Vaccination in Burma 1889-1999 - 1889-1999
Year: 1889
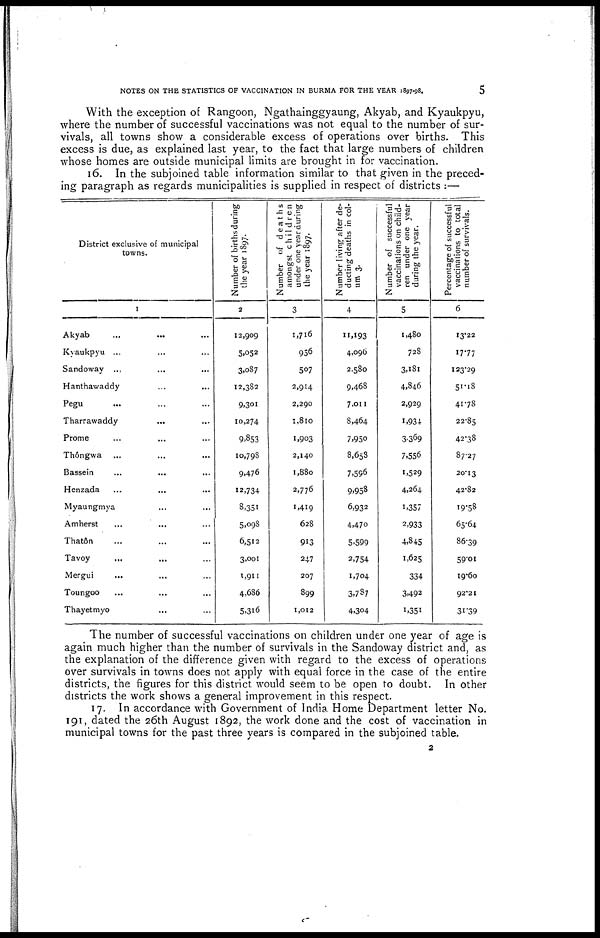
NOTES ON THE STATISTICS OF VACCINATION IN BURMA FOR THE YEAR 1897-98.
5
With the exception of Rangoon, Ngathainggyaung, Akyab, and Kyaukpyu,
where the number of successful vaccinations was not equal to the number of sur-
vivals, all towns show a considerable excess of operations over births. This
excess is due, as explained last year, to the fact that large numbers of children
whose homes are outside municipal limits are brought in for vaccination.
16. In the subjoined table information similar to that given in the preced-
ing paragraph as regards municipalities is supplied in respect of districts :—
District exclusive of municipal
towns.
1
Akyab ... ... ...
Kyaukpyu ... ... ...
Sandoway ... ... ...
Hanthawaddy ... ...
Pegu ... ... ...
Tharrawaddy ... ...
Prome ... ... ...
Thôngwa
... ... ...
Bassein ... ... ...
Henzada ... ... ...
Myaungmya ... ...
Amherst
...
... ...
Thatôn ... ... ...
Tavoy ... ... ...
Mergui ... ... ...
Toungoo ... ... ...
Thayetmyo ... ... ...
Number of births during
the year 1897.
2
12,909
5,052
3,087
12,382
9,301
10,274
9,853
10,798
9,476
12,734
8,351
5,098
6,512
3,001
1,911
4,686
5,316
Number of deaths
amongst children
under one year during
the year 1897.
3
1,716
956
507
2,914
2,290
1,810
1,903
2,140
1,880
2,776
1,419
628
913
247
207
899
1,012
Number living after de-
ducting deaths in col¬
um 3.
4
11,193
4,096
2,580
9,468
7,011
8,464
7,950
8,658
7,596
9,958
6,932
4,470
5,599
2,754
1,704
3,787
4,304
Number of successful
vaccinations on child-
ren under one year
during the year.
5
1,480
728
3,181
4,846
2,929
1,934
3,369
7,556
1,529
4,264
1,357
2,933
4,845
1,625
334
3,492
1,351
Percentage of successful
vaccinations to total
number of survivals.
6
13.22
17.77
123.29
51.18
41.78
22.85
42.38
87.27
20.13
42.82
19.58
65.64
86.39
59.01
19.60
92.21
31.39
The number of successful vaccinations on children under one year of age is
again much higher than the number of survivals in the Sandoway district and, as
the explanation of the difference given with regard to the excess of operations
over survivals in towns does not apply with equal force in the case of the entire
districts, the figures for this district would seem to be open to doubt. In other
districts the work shows a general improvement in this respect.
17. In accordance with Government of India Home Department letter No.
191, dated the 26th August 1892, the work done and the cost of vaccination in
municipal towns for the past three years is compared in the subjoined table.
2